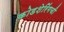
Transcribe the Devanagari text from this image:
कोडशेरिंगची